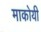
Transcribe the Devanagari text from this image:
माकोयी